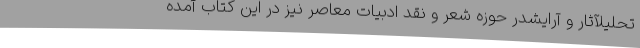
تحلیلآثار و آرایشدر حوزه شعر و نقد ادبیات معاصر نیز در این کتاب آمده